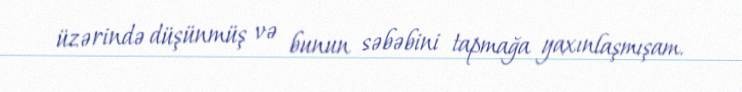
üzərində düşünmüş və bunun səbəbini tapmağa yaxınlaşmışam.